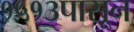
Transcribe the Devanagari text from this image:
१५१३पासून